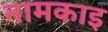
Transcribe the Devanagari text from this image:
नामकाइ